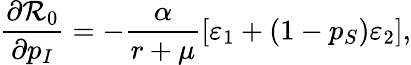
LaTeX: \frac{\partial\mathcal{R}_{0}}{\partial p_{I}}=-\frac{\alpha}{r+\mu}[\varepsilon_{1}+(1-p_{S})\varepsilon_{2}],